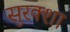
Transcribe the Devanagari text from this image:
सुरक्शा